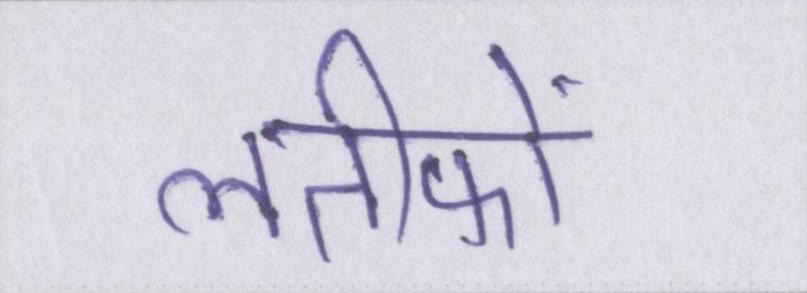
लतीफों